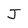
Character: J